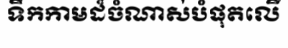
ទឹកកាមដ៏ចំណាស់បំផុតលើ